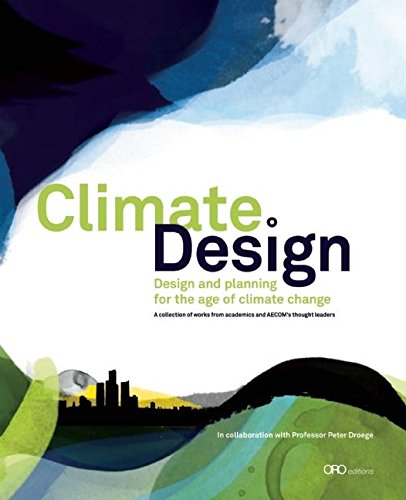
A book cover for Climate:Design: Design and Planning for the Age of Climate Change; Crafts, Hobbies & Home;